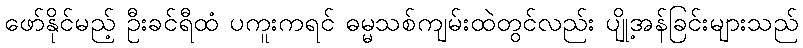
ဖော်နိုင်မည့် ဦးခင်ရီထံ ပကူးကရင် ဓမ္မသစ်ကျမ်းထဲတွင်လည်း ပျို့အန်ခြင်းများသည်